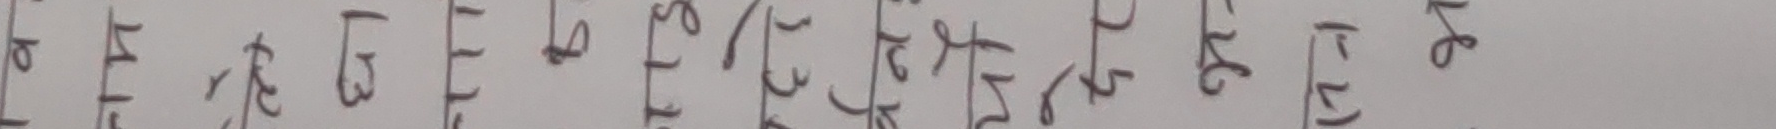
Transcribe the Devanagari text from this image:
० १ २ ३ ४ ५ ६ ७ ८ ९